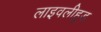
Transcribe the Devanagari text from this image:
लाइवलीहुड